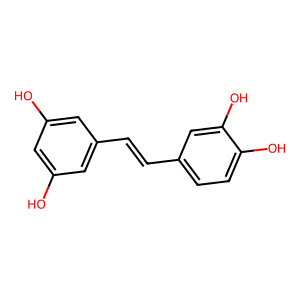
SMILES: Oc1cc(O)cc(C=Cc2ccc(O)c(O)c2)c1
Inhibits HIV replication: No